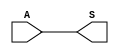
module setar (A, S);

input  [3:0]A;
output  [3:0]S; 

assign S[0] = A[0];
assign S[1] = A[1];
assign S[2] = A[2];
assign S[3] = A[3];
 
endmodule